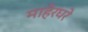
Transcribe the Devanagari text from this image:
माहेरघरे